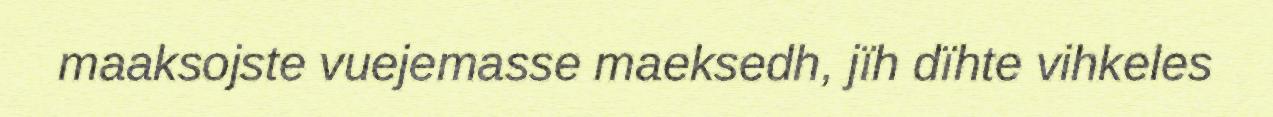
maaksojste vuejemasse maeksedh, jïh dïhte vihkeles